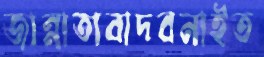
জান্নাতাবাদবনাইত